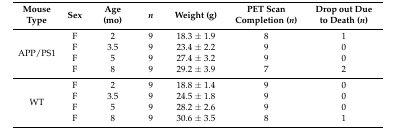
<table><thead><tr><td><b>Mouse Type</b></td><td><b>Sex</b></td><td><b>Age (mo)</b></td><td><b><i>n</i></b></td><td><b>Weight (g)</b></td><td><b>PET Scan Completion (<i>n</i>)</b></td><td><b>Drop out Due to Death (<i>n</i>)</b></td></tr></thead><tbody><tr><td rowspan="4">APP/PS1</td><td>F</td><td>2</td><td>9</td><td>18.3 ± 1.9</td><td>8</td><td>1</td></tr><tr><td>F</td><td>3.5</td><td>9</td><td>23.4 ± 2.2</td><td>9</td><td>0</td></tr><tr><td>F</td><td>5</td><td>9</td><td>27.4 ± 3.2</td><td>9</td><td>0</td></tr><tr><td>F</td><td>8</td><td>9</td><td>29.2 ± 3.9</td><td>7</td><td>2</td></tr><tr><td rowspan="4">WT</td><td>F</td><td>2</td><td>9</td><td>18.8 ± 1.4</td><td>9</td><td>0</td></tr><tr><td>F</td><td>3.5</td><td>9</td><td>24.5 ± 1.8</td><td>9</td><td>0</td></tr><tr><td>F</td><td>5</td><td>9</td><td>28.2 ± 2.6</td><td>9</td><td>0</td></tr><tr><td>F</td><td>8</td><td>9</td><td>30.6 ± 3.5</td><td>8</td><td>1</td></tr></tbody></table>